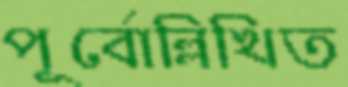
পূর্বোল্লিখিত